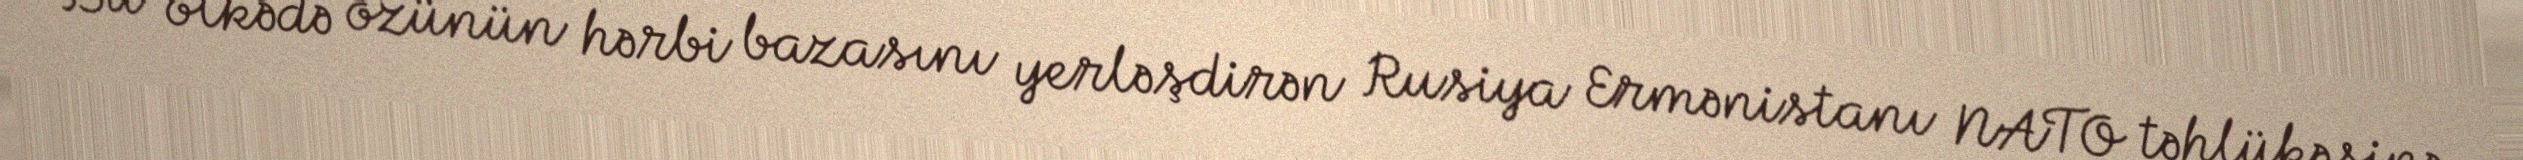
Bu ölkədə özünün hərbi bazasını yerləşdirən Rusiya Ermənistanı NATO təhlükəsinə